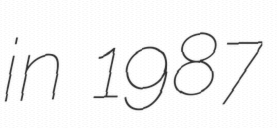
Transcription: in 1987